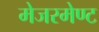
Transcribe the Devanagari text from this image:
मेजरमेण्ट